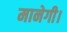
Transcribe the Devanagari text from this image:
मानेगी।